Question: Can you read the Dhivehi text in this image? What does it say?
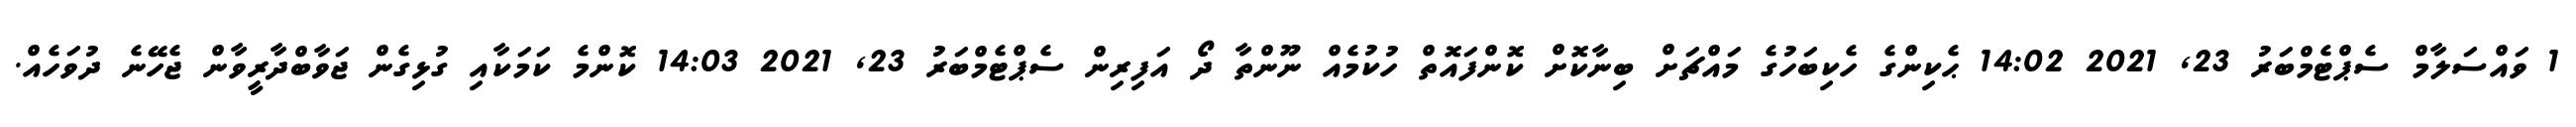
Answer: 1 ވައްސަލާމް ސެޕްޓެމްބަރު 23, 2021 14:02 ޙެކިންގެ ހެކިބަހުގެ މައްޗަށް ބިނާކޮށް ކޮންފައޮތް ހުކުމެއް ނޫންތާ ދޯ އަފިރިން ސެޕްޓެމްބަރު 23, 2021 14:03 ކޮންމެ ކަމަކާއި ގުޅިގެން ޖަވާބްދާރީވާން ޖެހޭނެ ދުވަހެއް.